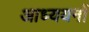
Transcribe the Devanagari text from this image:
आध्ययनों